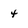
Character: 4